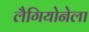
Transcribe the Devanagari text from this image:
लैगियोनेला